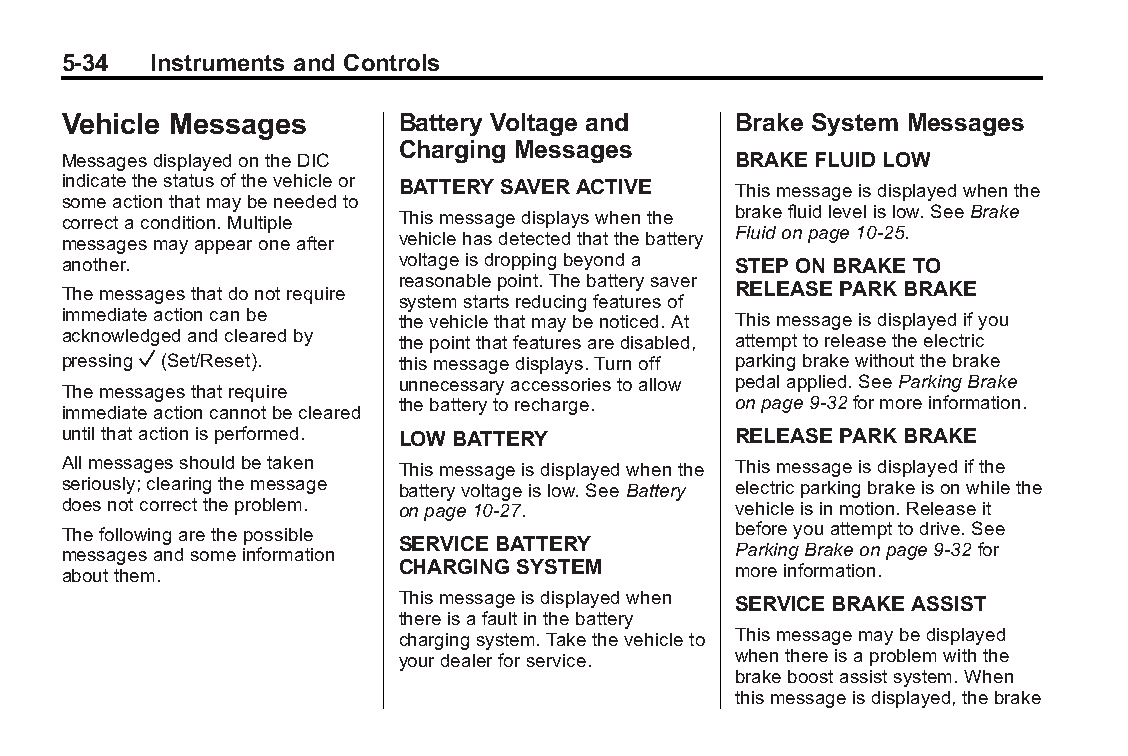
Buick LaCrosse Owner Manual (GMNA-Localizing-U.S./Canada/Mexico- Blackplate(34,1)
 6043609)-2014-2ndEdition-10/17/13
 5-34  Instruments and Controls
 Vehicle Messages      Battery Voltage and   Brake System Messages
 Charging Messages
 MessagesdisplayedontheDIC                   BRAKE FLUID LOW
 indicatethestatusofthevehicleor BATTERY SAVER ACTIVE Thismessageisdisplayedwhenthe
 someactionthatmaybeneededto
 brakefluidlevelislow.SeeBrake
 correctacondition.Multiple Thismessagedisplayswhenthe
 Fluidonpage10-25.
 messagesmayappearoneafter vehiclehasdetectedthatthebattery
 another.              voltageisdroppingbeyonda STEP ON BRAKE TO
 reasonablepoint.Thebatterysaver
 Themessagesthatdonotrequire                 RELEASE PARK BRAKE
 systemstartsreducingfeaturesof
 immediateactioncanbe  thevehiclethatmaybenoticed.At Thismessageisdisplayedifyou
 acknowledgedandclearedby thepointthatfeaturesaredisabled, attempttoreleasetheelectric
 pressingV(Set/Reset). thismessagedisplays.Turnoff parkingbrakewithoutthebrake
 unnecessaryaccessoriestoallow pedalapplied.SeeParkingBrake
 Themessagesthatrequire
 thebatterytorecharge. onpage9-32formoreinformation.
 immediateactioncannotbecleared
 untilthatactionisperformed. LOW BATTERY     RELEASE PARK BRAKE
 Allmessagesshouldbetaken Thismessageisdisplayedwhenthe Thismessageisdisplayedifthe
 seriously;clearingthemessage batteryvoltageislow.SeeBattery electricparkingbrakeisonwhilethe
 doesnotcorrecttheproblem. onpage10-27.      vehicleisinmotion.Releaseit
 Thefollowingarethepossible                  beforeyouattempttodrive.See
 SERVICEBATTERY
 messagesandsomeinformation                  ParkingBrakeonpage9-32for
 aboutthem.            CHARGING SYSTEM       moreinformation.
 Thismessageisdisplayedwhen SERVICEBRAKE ASSIST
 thereisafaultinthebattery
 chargingsystem.Takethevehicleto Thismessagemaybedisplayed
 yourdealerforservice. whenthereisaproblemwiththe
 brakeboostassistsystem.When
 thismessageisdisplayed,thebrake